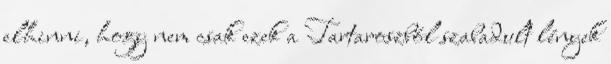
elhinni, hogy nem csak ezek a Tartaroszból szabadult lények